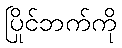
ပြိုင်ဘက်ကို